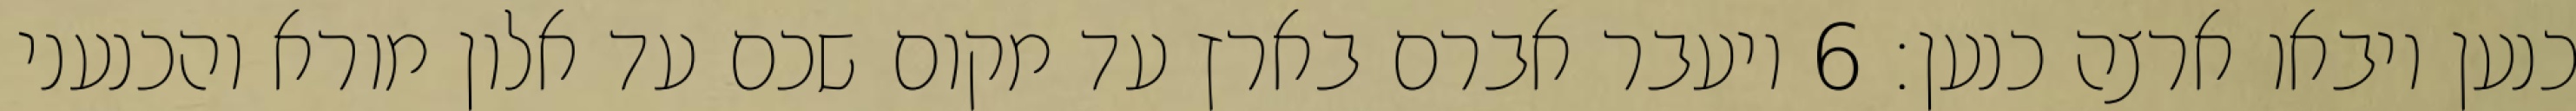
כנען ויבאו ארצה כנען׃ ‎6‏ ויעבר אברם בארץ עד מקום שכם עד אלון מורא והכנעני